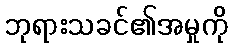
ဘုရားသခင်၏အမှုကို